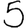
Digit: 5